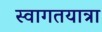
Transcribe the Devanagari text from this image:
स्वागतयात्रा